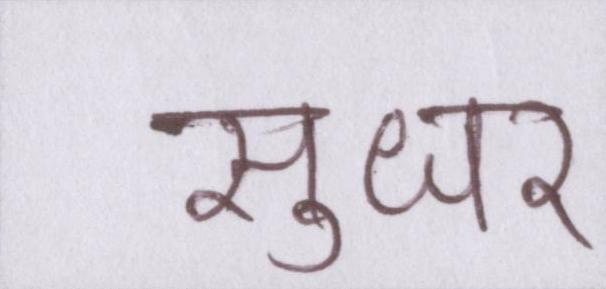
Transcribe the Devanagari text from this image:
सुधर